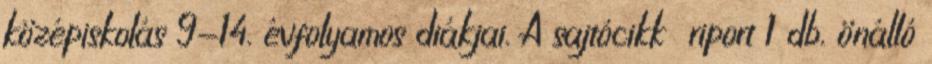
középiskolás 9-14. évfolyamos diákjai. A sajtócikk riport 1 db. önálló